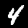
Digit: 4